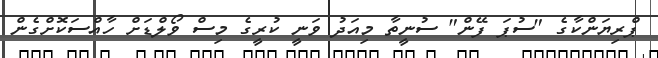
ޕްރިޔަންކާގެ "ސުޕަ ފޭން" ސުނީތާ މިއަދު ވަނީ ކުރީގެ މިސް ވޯލްޑަށް ހާއްސަކޮށްގެން